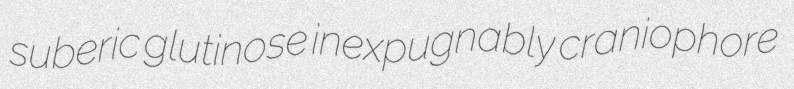
suberic glutinose inexpugnably craniophore